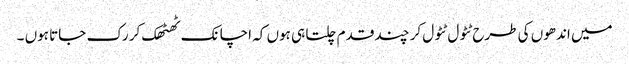
میں اندھوں کی طرح ٹٹول ٹٹول کر چند قدم چلتا ہی ہوں کہ اچانک ٹھٹھک کر رک جاتا ہوں ۔